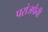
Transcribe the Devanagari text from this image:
परांजपेंनी